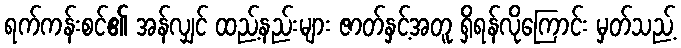
ရက်ကန်းစင်၏ အန်လျှင် ထည့်နည်းများ ဇာတ်နှင့်အတူ ရှိရန်လိုကြောင်း မှတ်သည့်